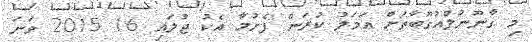
މި ގާނޫނުލްއުގޫބާތަށް އަމަލު ކުރަން ފެށުމާ އެކު ޖުލައި 16 2015 ވަނަ